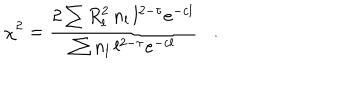
LaTeX: \chi ^ { 2 } = \frac { 2 \sum R _ { l } ^ { 2 } \, n _ { l } \, l ^ { 2 - \tau } e ^ { - c l } } { \sum n _ { l } \, l ^ { 2 - \tau } e ^ { - c l } } \, \, \, \, \, . \, \, \, \, \,